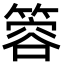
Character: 䈶